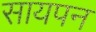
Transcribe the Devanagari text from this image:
सायपन